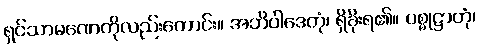
ရှင်သာမဏေကိုလည်းကောင်း။ အဘိဝါဒေတုံ၊ ရှိခိုးရ၏။ ပစ္စုဋ္ဌာတုံ၊